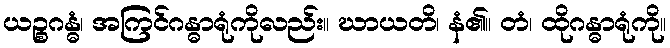
ယဉ္စဂန္ဓံ၊ အကြင်ဂန္ဓာရုံကိုလည်း။ ဃာယတိ၊ နံ၏။ တံ၊ ထိုဂန္ဓာရုံကို။